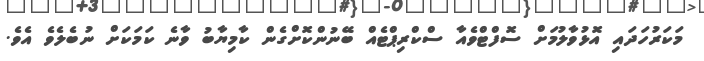
މަކަރުހަދައި އޮޅުވާލުމަށް ސޮފްޓްވެއާ ސްކްރިޕްޓެއް ބޭނުންކޮށްގެން ކާމިޔާބު ވާނެ ކަމަކަށް ނުބެލެވެ އެވެ.